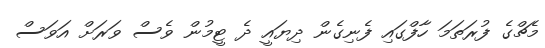
މެޗްގެ ފުރަތަމަ ހާފްގައި ފެނިގެން ދިޔައީ ދެ ޓީމުން ވެސް ވަރަށް އަވަސް